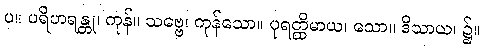
ပ။ ပရိဟရန္တု၊ ကုန်။ သဗ္ဗေ၊ ကုန်သော။ ပုရတ္ထိမာယ၊ သော။ ဒိသာယ၊ ၌။